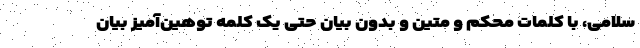
سلامی، با کلمات محکم و متین و بدون بیان حتی یک کلمه توهین‌آمیز بیان